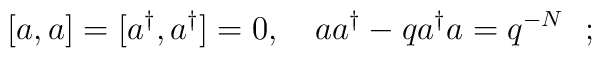
[a,a]=[a^{\dag},a^{\dag}]=0, \ \ \ aa^{\dag} - q a^{\dag} a =q^{-N} \ \ ;